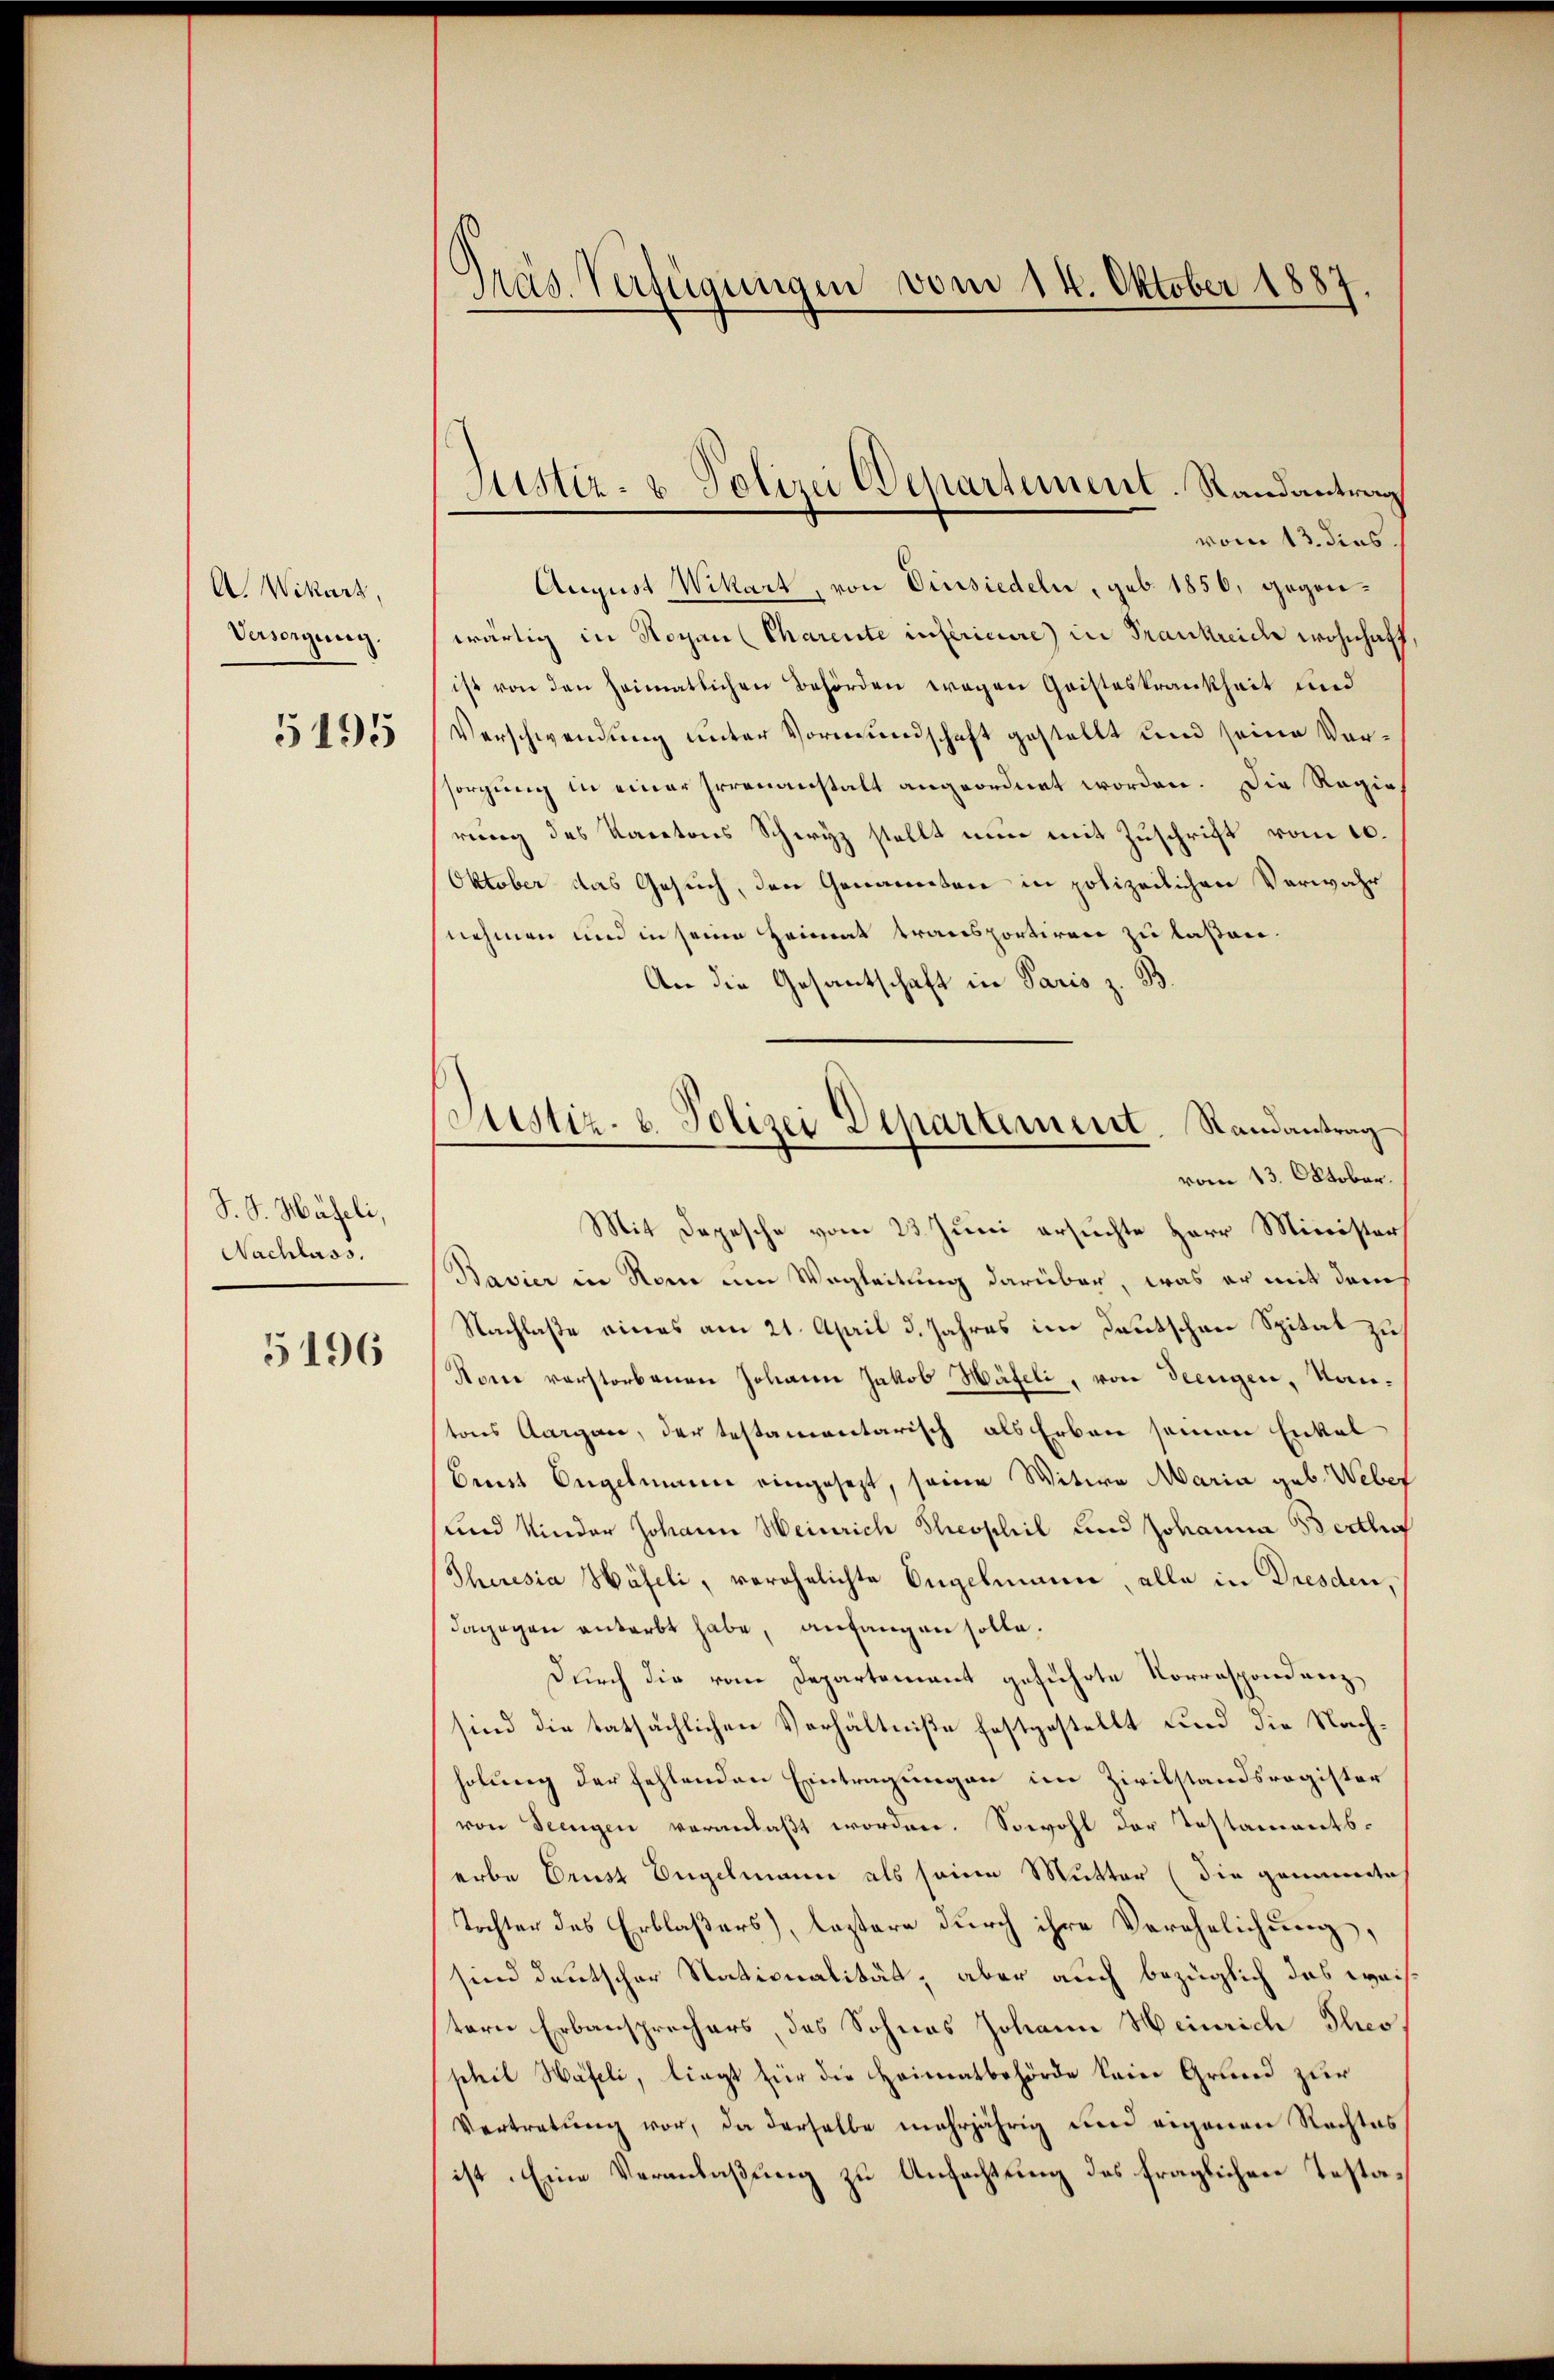
A. Wikart,
Versorgung.
5195

S. S. Häfeli,
Nachlass.

5196

Präs. Verfügungen vom 14. Oktober 1887

Fittir- u Polizei Departement. Randantrag
vom 13. dies.

August Wikart, von Einsiedeln, geb. 1856, gegenwärtig in Rochen Charente inférieure in Frankreide wohnhaft
ist von den heimatlichen Behörden wegen Geisteskrankheit und
Verschwendung unter Vormundschaft gestellt und seine Vorsorgung in einer Irrenanstalt angeordnet worden. Die Regierung des Kantons Schwyz stellt nun mit Zuschrift vom 10.
Oktober das Gesuch, den Genannten in polizeilichen Verwahr
nehmen und in seine Heimat transportiren zu laßen.
An die Gesantschaft in Paris z. B
Mit Depesche vom 23. Juni ersuchte Herr Minister
Bavier in Nonne um Wegleitung darüber, was er mit dem
Nachlaße eines am 21. April d. Jahres im Deutschen Spital zu
Nonne verstorbenen Johann Jakob Häfeli, von Seengen, Kantons Aargau, der testamentarisch als Erben seinen Enkel
Brut Engelmann eingesezt, seine Witwe Maria geb. Weber
und Kinder Johann Weinrich Theophil und Johanna Berthof
Theresia Häfeli, verehelichte Engelmann, alle in Dresden,
dagegen anterbt habe, anfangen solle.
Durch die vom Departement geführte Korrespondenz
sind die tatsächlichen Verhältniße festgestellt und die Nachholung der fehlenden Eintragungen im Zivilstandsregister
von Seengen veranlaßt worden. Sowohl der Testamentserbe Ernst Begelmann als seine Mutter (die genannte
Tochter des Erblaßers), lastere durch ihre Verehelichung,
sind deutscher Stationalität, aber auch bezüglich das weistern Erbansprechers des Sohnes Johann Heinrich Theoschil Häfeli, liegt für die Heimatbehörde kein Grund zur
Vertretung vor, da derselbe mehrjährig und eigenen Rechtes
ist. Eine Veranlaßung zu Anfachtung des fraglichen Testa¬

Justiz- & Polizei Departement. Randantrag
vom 13. Oktober.